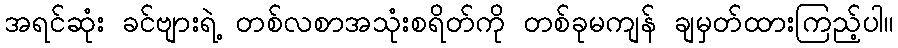
အရင်ဆုံး ခင်ဗျားရဲ့ တစ်လစာအသုံးစရိတ်ကို တစ်ခုမကျန် ချမှတ်ထားကြည့်ပါ။